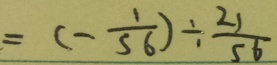
= ( - \frac { 1 } { 5 6 } ) \div \frac { 2 1 } { 5 6 }